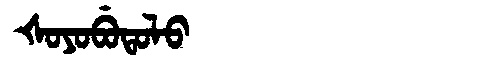
Manchu: ᡧᠣᠶᠣᠪᡠᡨᠣᠯᠣ
Romanization: ŠOYOBUTOLO